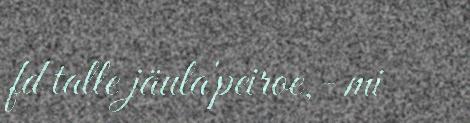
fd talle jäula'peiroe,- mi